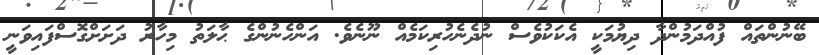
ބޭނުންތައް ފުއްދަމުންދާ ދިޔުމަކީ އެކަކުވެސް ނުދެނެހުރިކަމެއް ނޫނެވެ. އަންހެނުންގެ ޙާލަތު މިހާރު ދަށަށްގޮސްފައިވަނީ